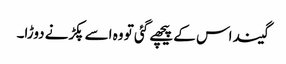
گیند اس کے پیچھے گئی تو وہ اسے پکڑنے دوڑا۔